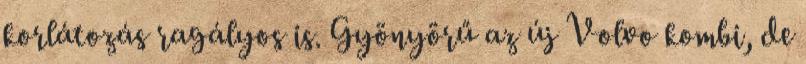
korlátozás ragályos is. Gyönyörű az új Volvo kombi, de